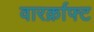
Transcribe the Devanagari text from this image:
वारर्क्राफ्ट